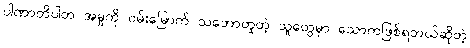
ပါဏာတိပါတ အမှုကို ဝမ်းမြောက် သဘောတူတဲ့ သူတွေမှာ သောကဖြစ်ရတယ်ဆိုတဲ့